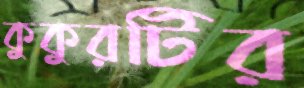
কুকুরটির